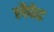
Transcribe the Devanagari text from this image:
लैपेट